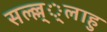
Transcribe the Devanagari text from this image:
सल्ल्ल््लाहु